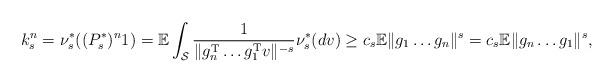
LaTeX: \begin{align*} k_{s}^n = \nu_{s}^*( (P_s^*)^n 1) = \mathbb{E} \int_{\mathcal{S}}\frac{1}{\| g_n^{\mathrm T}\ldots g_1^{\mathrm T} v \|^{-s} } \nu_{s}^*(dv) \geq c_s \mathbb{E}\|g_1 \ldots g_n\|^s= c_s \mathbb{E}\|g_n \ldots g_1\|^s, \end{align*}